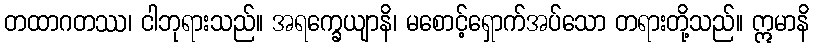
တထာဂတဿ၊ ငါဘုရားသည်။ အရက္ခေယျာနိ၊ မစောင့်ရှောက်အပ်သော တရားတို့သည်။ ဣမာနိ